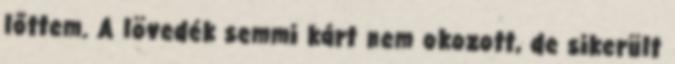
lőttem. A lövedék semmi kárt nem okozott, de sikerült